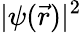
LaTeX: |\psi({\vec{r}})|^{2}